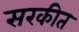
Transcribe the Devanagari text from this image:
सरकीत